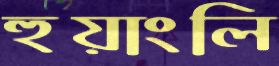
হুয়াংলি